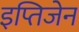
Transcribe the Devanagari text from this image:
इप्तिजेन